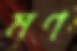
মণ